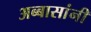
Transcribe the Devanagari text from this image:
अब्बासांनी